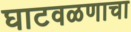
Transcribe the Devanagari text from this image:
घाटवळणाचा